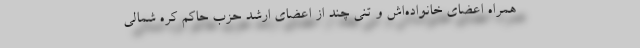
همراه اعضای خانواده‌اش و تنی چند از اعضای ارشد حزب حاکم کره شمالی